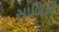
સાબિરી